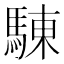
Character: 𩣳